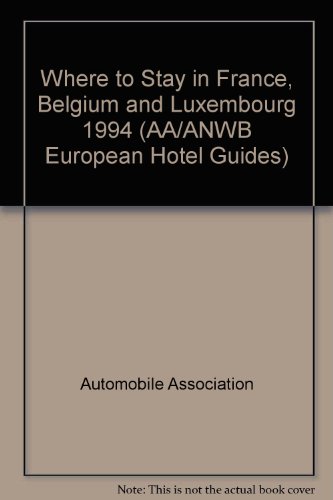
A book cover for Where to Stay in France, Belgium and Luxembourg (AA/ANWB European Hotel Guides); P. Philcox; Travel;